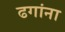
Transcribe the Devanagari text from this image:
ढगांना